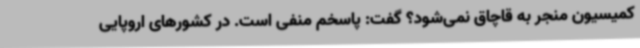
کمیسیون منجر به قاچاق نمی‌شود؟ گفت: پاسخم منفی است. در کشورهای اروپایی